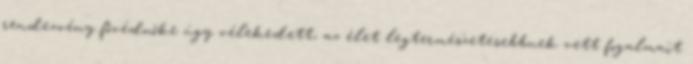
rendezvény fővédnőke úgy vélekedett, az élet legtermészetesebbnek vett fogalmait